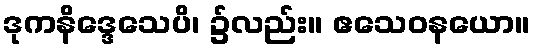
ဒုကနိဒ္ဒေသေပိ၊ ၌လည်း။ ဧသေဝနယော။